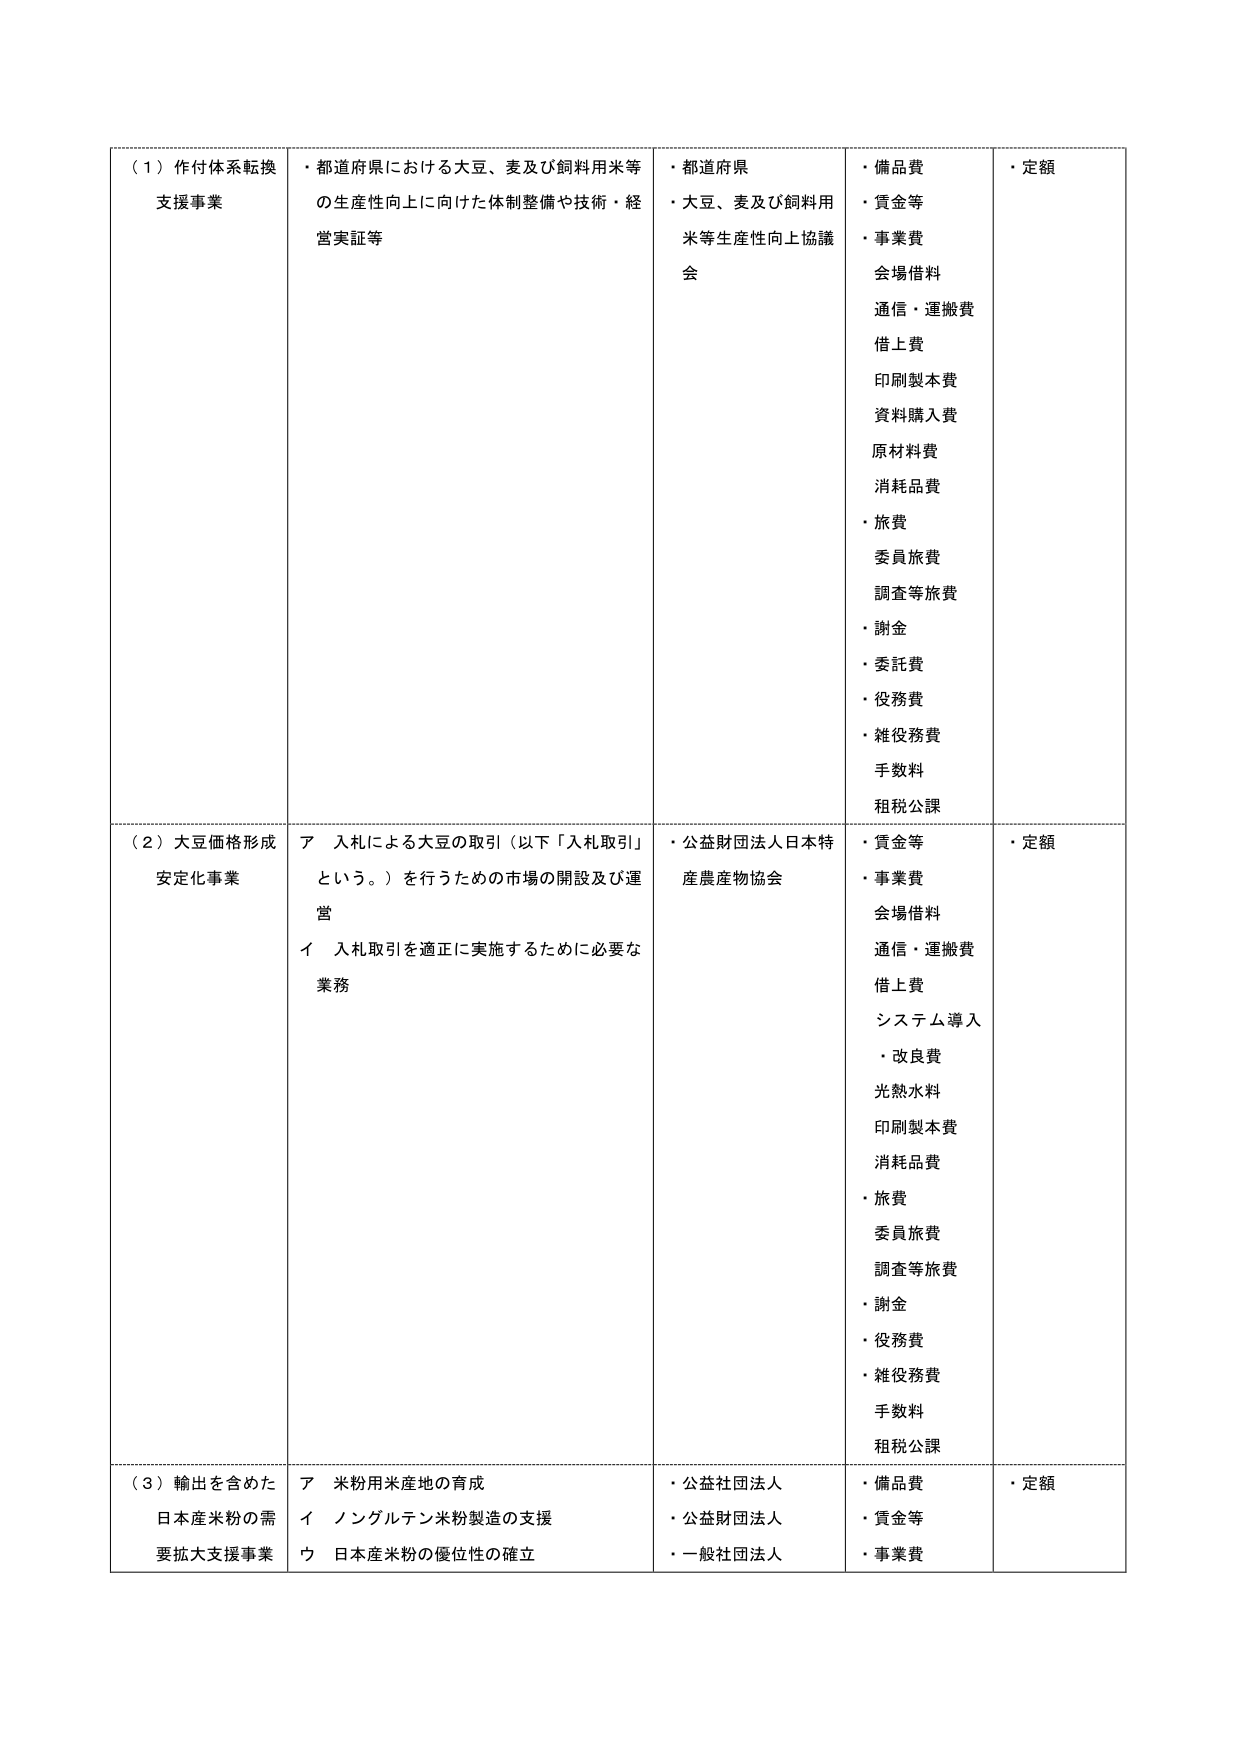
（１）作付体系転換支援事業
・都道府県における大豆、麦及び飼料用米等の生産性向上に向けた体制整備や技術・経営実証等
・都道府県
・大豆、麦及び飼料用米等生産性向上協議会
・備品費
・賃金等
・事業費
会場借料
通信・運搬費
借上費
印刷製本費
資料購入費
原材料費
消耗品費
・旅費
委員旅費
調査等旅費
・謝金
・委託費
・役務費
・雑役務費
手数料
租税公課
・定額

（２）大豆価格形成安定化事業
ア 入札による大豆の取引（以下「入札取引」という。）を行うための市場の開設及び運営
イ 入札取引を適正に実施するために必要な業務
・公益財団法人日本特産農産物協会
・賃金等
・事業費
会場借料
通信・運搬費
借上費
システム導入
・改良費
光熱水料
印刷製本費
消耗品費
・旅費
委員旅費
調査等旅費
・謝金
・役務費
・雑役務費
手数料
租税公課
・定額

（３）輸出を含めた日本産米粉の需要拡大支援事業
ア 米粉用米産地の育成
イ ノングルテン米粉製造の支援
ウ 日本産米粉の優位性の確立
・公社社団法人
・公益財団法人
・一般社団法人
・備品費
・賃金等
・事業費
・定額